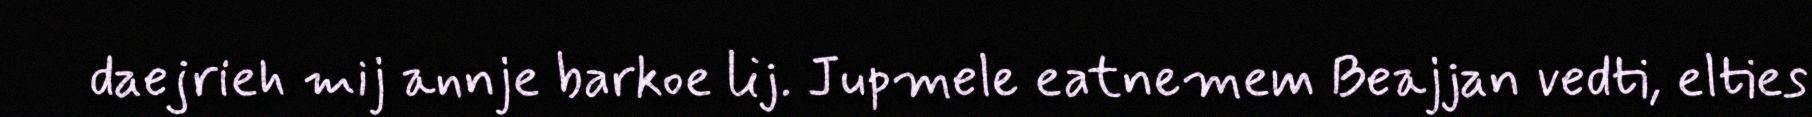
daejrieh mij annje barkoe lij. Jupmele eatnemem Beajjan vedti, elties